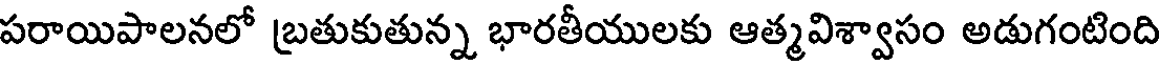
పరాయిపాలనలో (బతుకుతున్న భారతీయులకు ఆత్మవిశ్వాసం అడుగంటింది